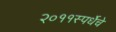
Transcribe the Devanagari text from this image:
२०११स्पर्धेचे